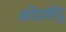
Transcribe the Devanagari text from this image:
ओंदनोंदू